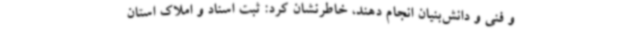
و فنی و دانش‌بنیان انجام دهند، خاطرنشان کرد: ثبت اسناد و املاک استان